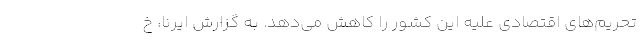
تحریم‌های اقتصادی علیه این کشور را کاهش می‌دهد. به گزارش ایرنا، خ